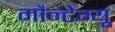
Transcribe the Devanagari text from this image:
मौन्टेग्यू